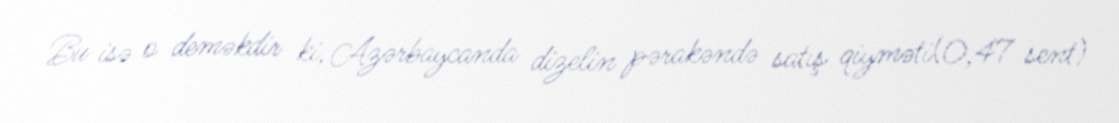
Bu isə o deməkdir ki, Azərbaycanda dizelin pərakəndə satış qiyməti(0,47 sent)